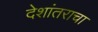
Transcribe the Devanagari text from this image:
देशांतराचा